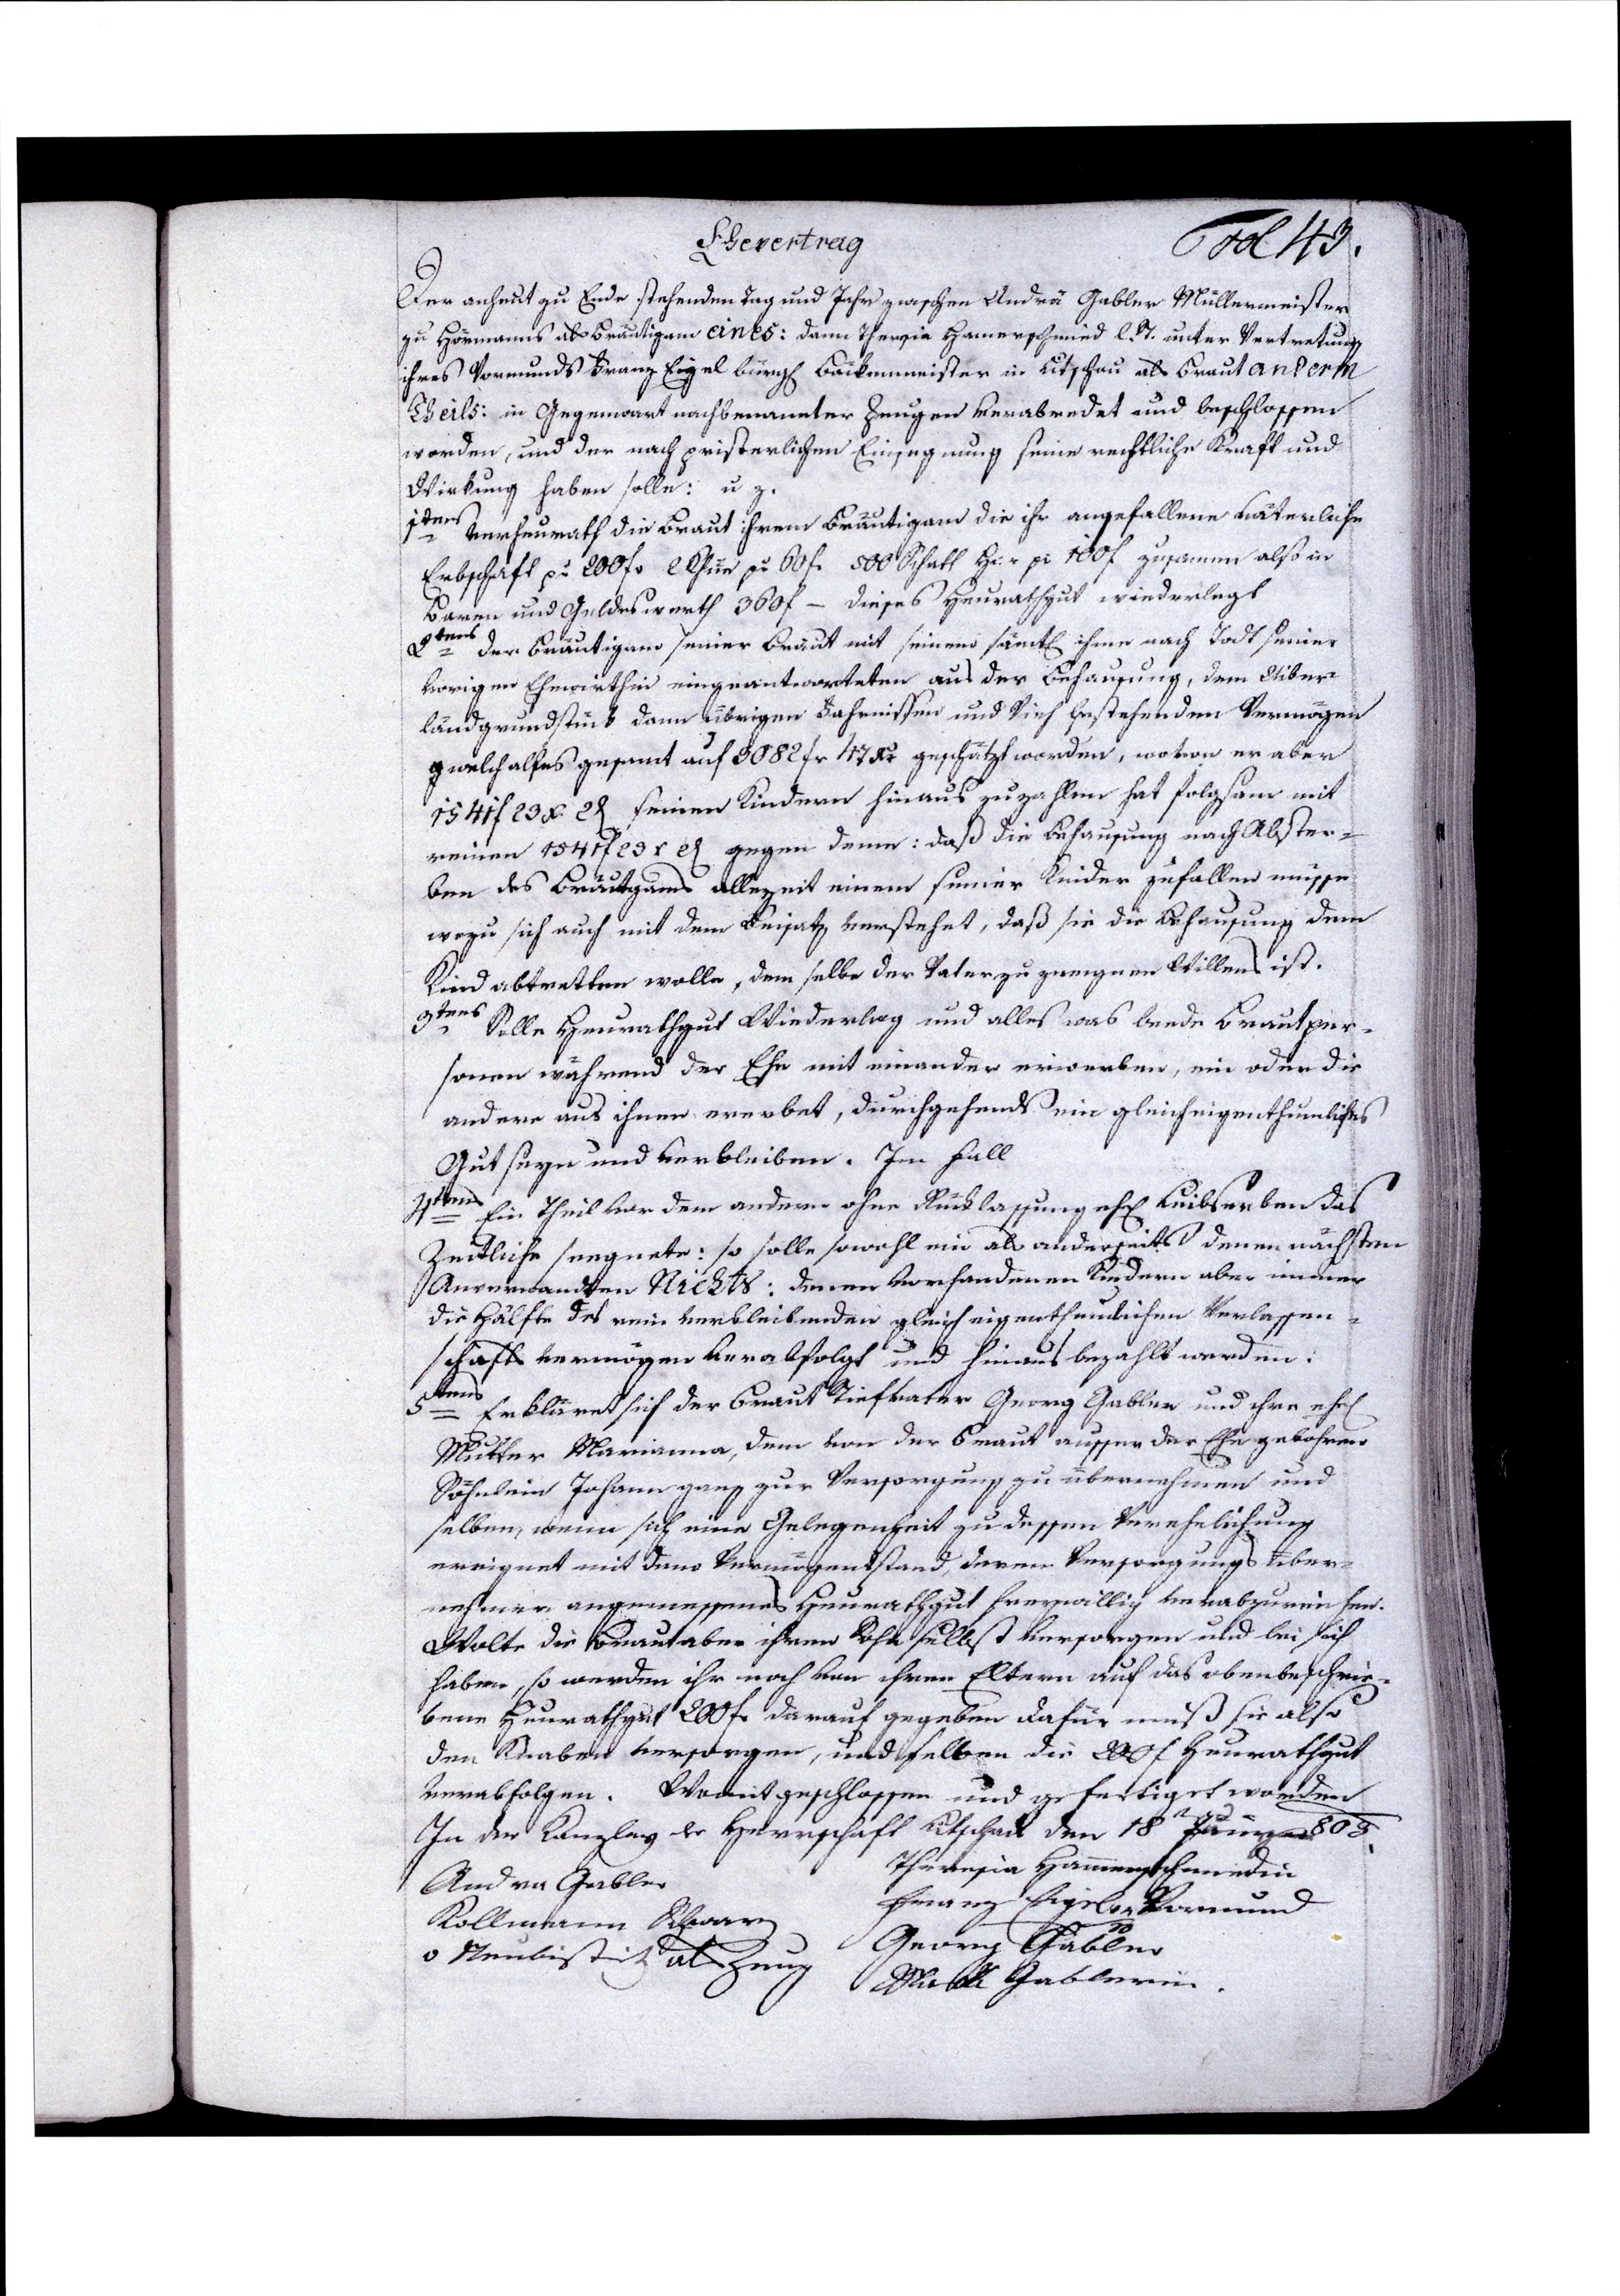
Ehevertrag Fol 43.
Der anheut zu Ende stehenden Tag und Jahr zwischen Andrä Gabler Müllermeister
zu Hörmanns als Bräutigam eines: dann Theresia Hamerschmied l.ST. unter Vertretung
ihres Vormunds Franz Eigel bürg. Bäckermeister in Litschau als Braut andertn
Theils: in Gegenwart nachbenannter Zeugen verabredet und beschlossen
worden, und der nach pristerlichen Einsegnung seine rechtliche Kraft und
Wirkung haben solle: u z.
1tens verheurath die Braut ihrem Bräutigam die ihr angefallene väterliche
Erbschaft pr 200 f 2 Khüe pr 60 f 500 Schatt H pr 100 f zusamen also in
Baren und Geldeswerth 360 f — Dieses Heurathgut wiederlegt
2tens der Bräutigam seiner Braut mit seinem sämt. ihme nach Todt seiner
vorigen Ehewirthin eingeantworteten aus der Behausung, dem Uiber¬
landgrundstück dann übrigen Fahrnissen und Vieh bestehenden Vermögen
g welch alles gesamt auf 3082 fr 47 xr geschätzt worden, wovon er aber
1541 f 23 x 2 seinen Kindern hinaus zu zahlen hat folgsam mit
reinen 1541 f 23 x 2 gegen deme: daß die Behausung nach Abster¬
ben des Bräutgams allezeit einem seiner Kinder zufallen müsse
wozu sich auch mit dem Beisatz verstehet, daß sie die Behausung dem
Kind abtretten wolle, dem selbe der Vater zu zueignen Willen ist.
3tens Solle Heurathgut Wiederlag und alles was beede Brautper¬
sonen während der Ehe mit einander erwerben, ein oder die
andere aus ihnen ererbet, durchgehends ein gleicheigenthumliches
Gut seyn und verbleiben. Im Fall
4tens Ein Theil vor dem andern ohne Rücklassung ehe. Leibserben das
Zeitliche seegnete: so solle sowohl ein als anderseits denen nächsten
Anverwandten Nichts: denen vorhandenen Kindern aber immer
die Hälfte des rein verbleibenden gleich eigenthumlichen Verlassen¬
schafts vermögen verabfolgt und hinaus bezahlt werden.
5tens Erkläret sich der Braut Stiefvater Georg Gabler und ihre ehe.
Mutter Marianna, dem von der Braut ausser der Ehe gebohren
Söhnlein Johann ganz zur Versorgung zu übernehmen und
selben, wenn sich eine Gelegenheit zu dessen Verehelichung
ereignet mit dem Vermögensstand, derem Versorgungs über¬
nehmer angemessenes Heurathgut freywillig verabzureichen.
Wolte die Braut aber ihren Sohn selbst versorgen und bei sich
haben, so werden ihr noch von ihren Eltern auf das obenbeschrie¬
bene Heurathgut 200 f darauf gegeben dafür muß sie also
den Knaben versorgen, und selben die 200 f Heurathgut
verabfolgen. Womit geschlossen und gefertiget worden
In der Kanzley der Herrschaft Litschau den 18 Juny 803.
Theresia Hammerschmiedin
Andre Gabler
Franz Eigel Vormund
Kollmann Schwarz
Georg Gabler
v Neubistritz als Zeug
Gablerin